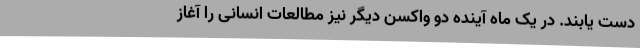
دست یابند. در یک ماه آینده دو واکسن دیگر نیز مطالعات انسانی را آغاز